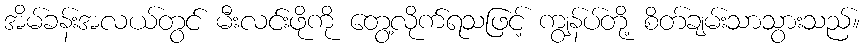
အိမ်ခန်းအလယ်တွင် မီးလင်းဖိုကို တွေ့လိုက်ရသဖြင့် ကျွန်ပ်တို့ စိတ်ချမ်းသာသွားသည်။